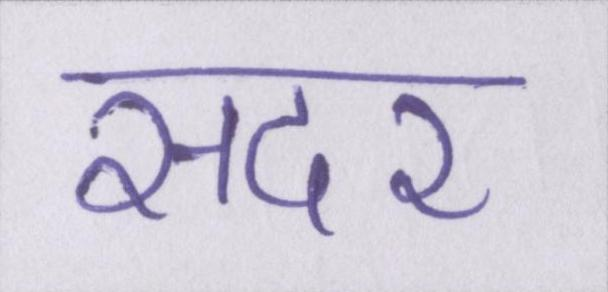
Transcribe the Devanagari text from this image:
सदर